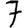
Digit: 7